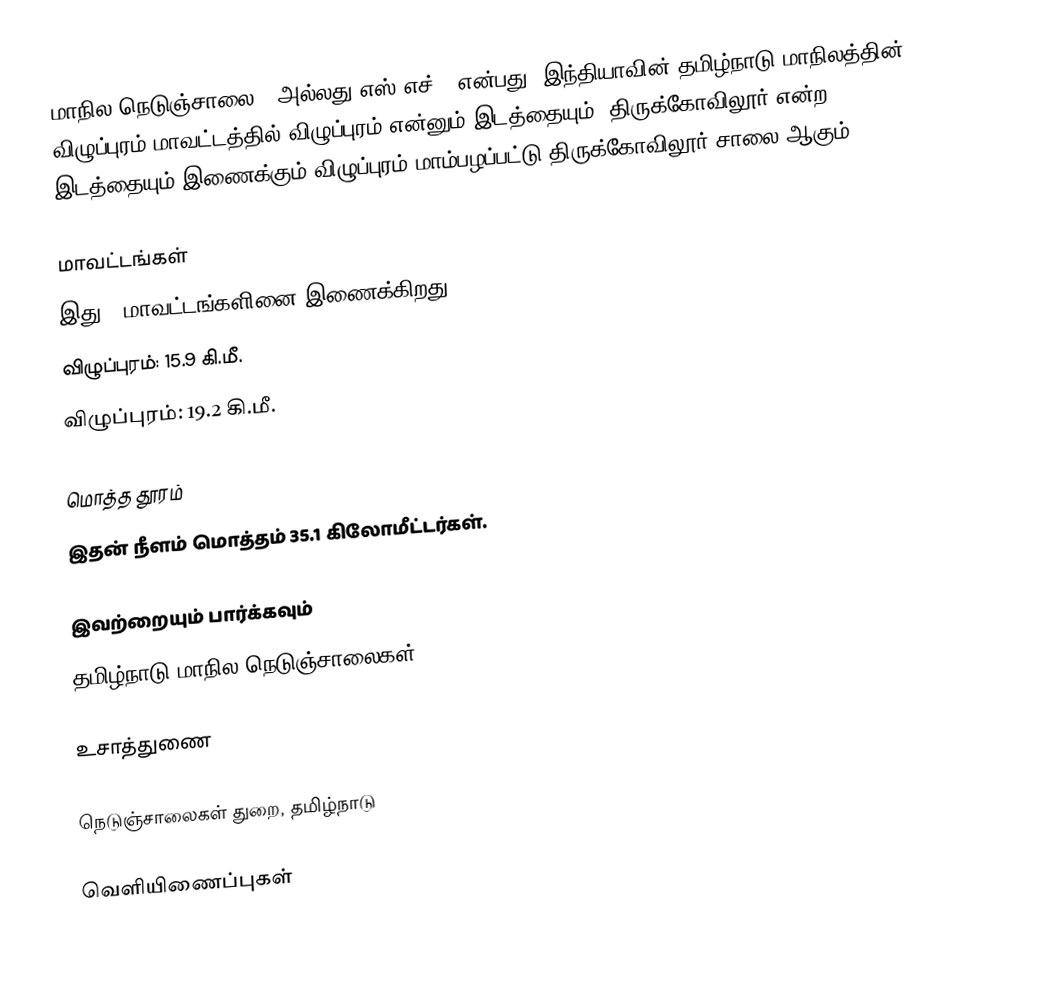
மாநில நெடுஞ்சாலை 7 அல்லது எஸ்.எச்-7 என்பது, இந்தியாவின் தமிழ்நாடு மாநிலத்தின் விழுப்புரம் மாவட்டத்தில் விழுப்புரம் என்னும் இடத்தையும், திருக்கோவிலூர் என்ற இடத்தையும் இணைக்கும் விழுப்புரம்-மாம்பழப்பட்டு-திருக்கோவிலூர் சாலை ஆகும்.

மாவட்டங்கள்
இது 2 மாவட்டங்களினை இணைக்கிறது:
 விழுப்புரம்: 15.9 கி.மீ.
 விழுப்புரம்: 19.2 கி.மீ.

மொத்த தூரம்
இதன் நீளம் மொத்தம் 35.1 கிலோமீட்டர்கள்.

இவற்றையும் பார்க்கவும்
 தமிழ்நாடு மாநில நெடுஞ்சாலைகள்

உசாத்துணை

 நெடுஞ்சாலைகள் துறை, தமிழ்நாடு

வெளியிணைப்புகள்